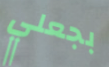
بجعلي